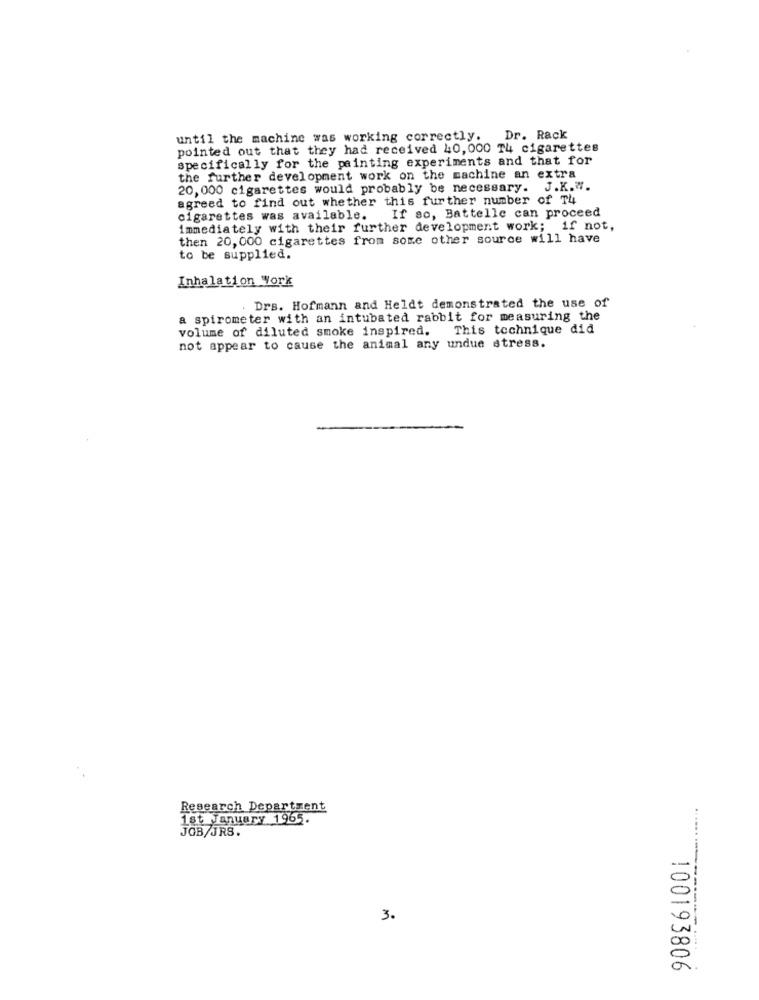
until the machine was working correctly.
Dr. Rack
pointed out that they had received 40, 000 T4 cigarettes
specifically for the painting experiments and that for
the further development work on the machine an extra
20, 000 cigarettes would probably be necessary. J.K.".
agreed to find out whether this further number of T4
cigarettes was available. If so, Battelle can proceed
immediately with their further development work; if not,
then 20, 000 cigarettes from some other source will have
to be supplied.
Inhalation Work
Drs. Hofmann and Heldt demonstrated the use of
a spirometer with an intubated rabbit for measuring the
volume of diluted smoke inspired.
This technique did
not appear to cause the animal any undue stress.
Research Department
1st January 1965.
JOB/JRS.
......
3.
100193806